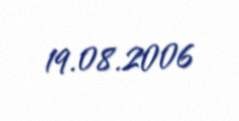
19.08.2006